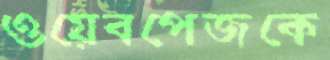
ওয়েবপেজকে